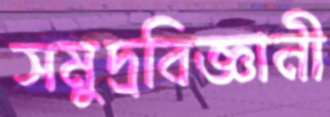
সমুদ্রবিজ্ঞানী